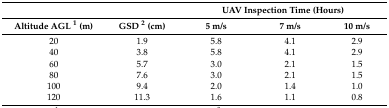
<table><thead><tr><td colspan="2"></td><td colspan="3"><b>UAV Inspection Time (Hours)</b></td></tr><tr><td><b>Altitude AGL <sup>1</sup> (m)</b></td><td><b>GSD <sup>2</sup> (cm)</b></td><td><b>5 m/s</b></td><td><b>7 m/s</b></td><td><b>10 m/s</b></td></tr></thead><tbody><tr><td>20</td><td>1.9</td><td>5.8</td><td>4.1</td><td>2.9</td></tr><tr><td>40</td><td>3.8</td><td>5.8</td><td>4.1</td><td>2.9</td></tr><tr><td>60</td><td>5.7</td><td>3.0</td><td>2.1</td><td>1.5</td></tr><tr><td>80</td><td>7.6</td><td>3.0</td><td>2.1</td><td>1.5</td></tr><tr><td>100</td><td>9.4</td><td>2.0</td><td>1.4</td><td>1.0</td></tr><tr><td>120</td><td>11.3</td><td>1.6</td><td>1.1</td><td>0.8</td></tr></tbody></table>